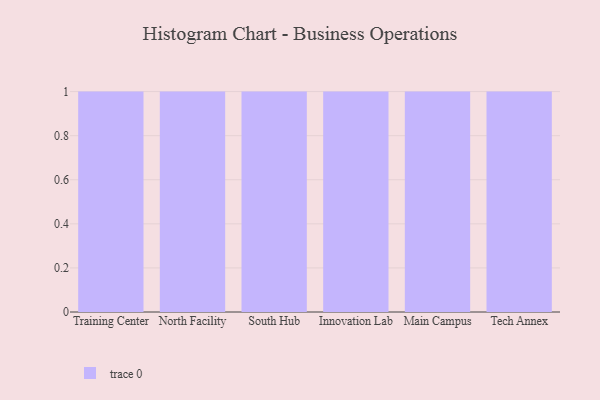
{"axis": {"x": "Campus", "y": "Active Users"}, "legend": [""], "data": [{"x": "Training Center", "y": 37, "type": ""}, {"x": "North Facility", "y": 21, "type": ""}, {"x": "South Hub", "y": 53, "type": ""}, {"x": "Innovation Lab", "y": 31, "type": ""}, {"x": "Main Campus", "y": 35, "type": ""}, {"x": "Tech Annex", "y": 16, "type": ""}]}